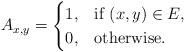
LaTeX: \begin{align*}A_{x,y}=\begin{cases}1,&\textup{if $(x,y)\in E$},\\0,& \textup{otherwise}.\end{cases}\end{align*}